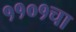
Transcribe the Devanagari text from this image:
११०१चा